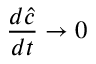
\frac { d \hat { c } } { d t } \rightarrow 0